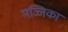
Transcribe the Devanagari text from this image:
मज्जिका